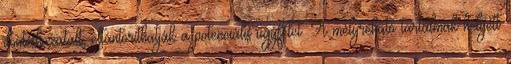
döntéshozatalt, eltántoríthatják a potenciális ügyfelet. A mélyreható tartalmak helyett